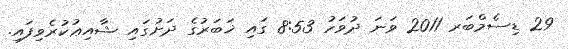
29 ޑިސެމްބަރ 2011 ވަނަ ދުވަހު 8:53 ގައި ޚަބަރުގެ ދަށުގައި ޝާއިޢުކުރެވިފައި.